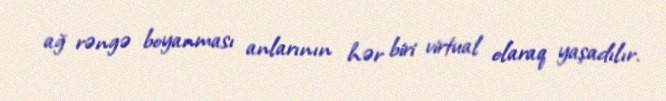
ağ rəngə boyanması anlarının hər biri virtual olaraq yaşadılır.